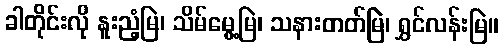
ခါတိုင်းလို နူးညံ့မြဲ၊ သိမ်မွေ့မြဲ၊ သနားတတ်မြဲ၊ ရွှင်လန်းမြဲ။